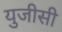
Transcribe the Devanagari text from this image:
युजीसी